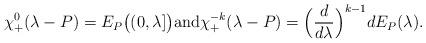
LaTeX: \begin{align*}\chi_+^0(\lambda - P) = E_{P}\big((0, \lambda]\big) \mbox{and} \chi_+^{-k}(\lambda - P) =\Big(\frac{d}{d\lambda}\Big)^{k - 1} dE_{P}(\lambda).\end{align*}